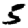
Digit: 5